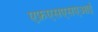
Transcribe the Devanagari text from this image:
एफ़एसएसएआई